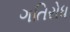
ગતિરોધ